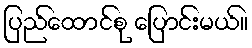
ပြည်ထောင်စု ပြောင်းမယ်။